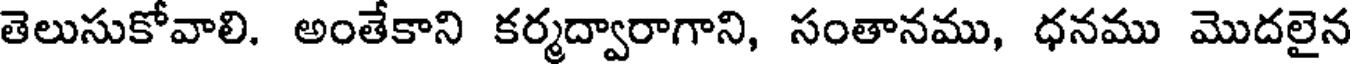
తెలుసుకోవాలి. అంతేకాని కర్మద్వారాగాని, సంతానము, ధనము మొదలైన